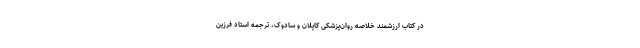
در کتاب ارزشمند خلاصه روان‌پزشکی کاپلان و سادوک، ترجمه استاد فرزین